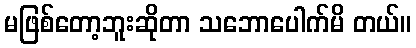
မဖြစ်တော့ဘူးဆိုတာ သဘောပေါက်မိ တယ်။